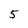
Character: 5